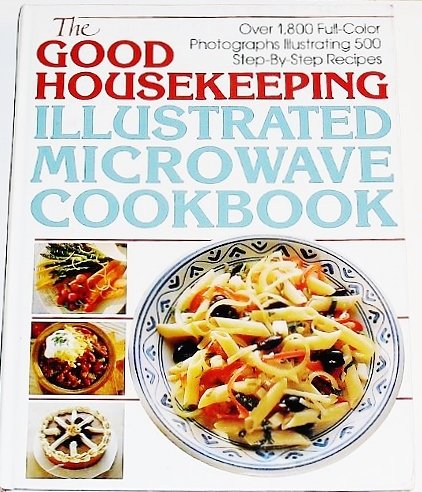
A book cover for The Good Housekeeping Illustrated Microwave Cookbook; Cookbooks, Food & Wine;